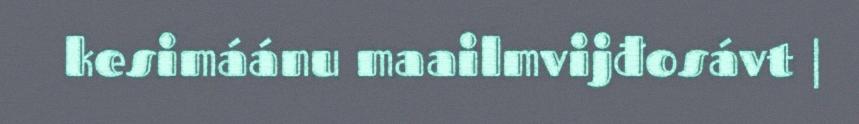
kesimáánu maailmvijđosávt |